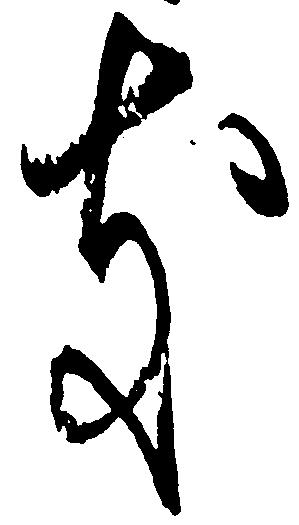
き